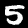
Label: 5